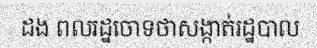
ដង ពលរដ្ឋចោទថាសង្កាត់រដ្ឋបាល